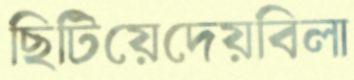
ছিটিয়েদেয়বিলা